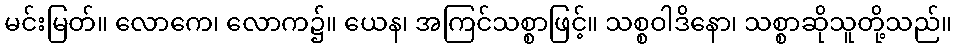
မင်းမြတ်။ လောကေ၊ လောက၌။ ယေန၊ အကြင်သစ္စာဖြင့်။ သစ္စဝါဒိနော၊ သစ္စာဆိုသူတို့သည်။